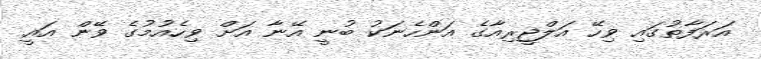
އަރަފާތުގައި ވިހޭ އަލްޖީރިއާގެ އަންހެނަކު ބުނީ އޭނާ އަށް ވިހެއުމުގެ ވޭން އައީ